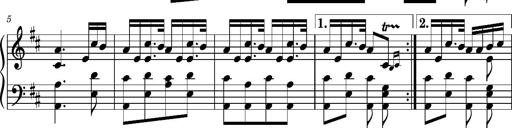
Title: Ungarischer Romanzero
Composer: Franz Liszt